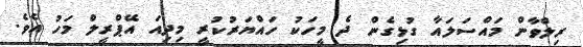
ރިލްވާން މައްސަލައާ ގުޅިގެން ދެ މީހަކު ހައްޔަރުކުރީ މިިދިއަ އޭޕްރީލް މަހު އެވެ.